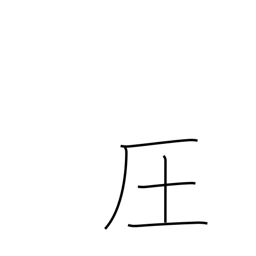
Meaning: dominate